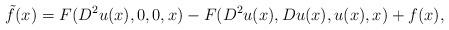
LaTeX: \begin{align*}\tilde{f}(x)=F(D^2u(x),0,0,x)-F(D^2u(x),Du(x),u(x),x)+f(x),\end{align*}